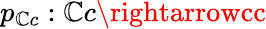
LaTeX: p_{\mathbb{C}c}:\mathbb{C}c\rightarrowcc